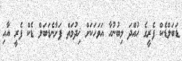
ޑަބަލްޑެކް ފެރީގެ ހުއްދަ ލިބުނުހާ އަވަހަކަށް ޚިދުމަތް ފަށާނެޑަބަލް ޑެކް ފެރީ އާއި